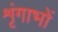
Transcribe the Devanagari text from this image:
शृंगाभों